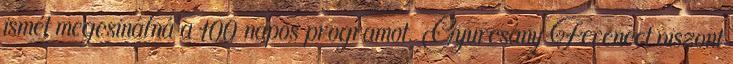
ismét megcsinálná a 100 napos programot. Gyurcsány Ferencet viszont